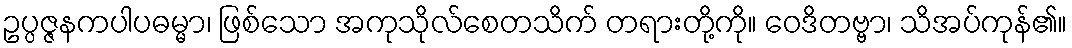
ဥပ္ပဇ္ဇနကပါပဓမ္မာ၊ ဖြစ်သော အကုသိုလ်စေတသိက် တရားတို့ကို။ ဝေဒိတဗ္ဗာ၊ သိအပ်ကုန်၏။